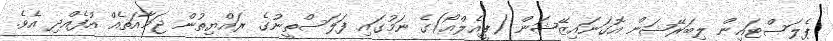
ޕެލަސްޓައިން ލިބަރޭޝަން އޮގަނައިޒޭޝަން (ޕީއެލްއޯ)ގެ ނަމުގައި ފަލަސްތީނުގެ ރައްޔިތުން ޖަމާއަތެއް އުފެއްދި އެވެ.